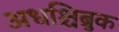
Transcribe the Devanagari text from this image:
अधश्चिब्रुक